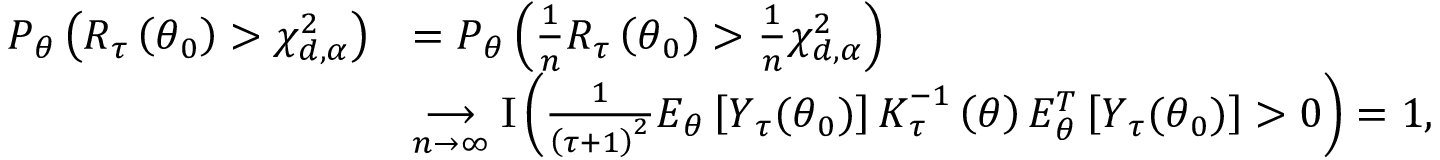
\begin{array} { r l } { P _ { \theta } \left( R _ { \boldsymbol { \tau } } \left( \boldsymbol { \theta } _ { 0 } \right) > \chi _ { d , \alpha } ^ { 2 } \right) } & { = P _ { \theta } \left( \frac { 1 } { n } R _ { \boldsymbol { \tau } } \left( \boldsymbol { \theta } _ { 0 } \right) > \frac { 1 } { n } \chi _ { d , \alpha } ^ { 2 } \right) } \\ & { \underset { n \rightarrow \infty } { \longrightarrow } \mathrm { I } \left( \frac { 1 } { \left( \tau + 1 \right) ^ { 2 } } E _ { \boldsymbol { \theta } } \left[ \boldsymbol { Y } _ { \tau } ( \boldsymbol { \theta } _ { 0 } \boldsymbol { ) } \right] \boldsymbol { K } _ { \tau } ^ { - 1 } \left( \boldsymbol { \theta } \right) E _ { \boldsymbol { \theta } } ^ { T } \left[ \boldsymbol { Y } _ { \tau } ( \boldsymbol { \theta } _ { 0 } \boldsymbol { ) } \right] > 0 \right) = 1 , } \end{array}